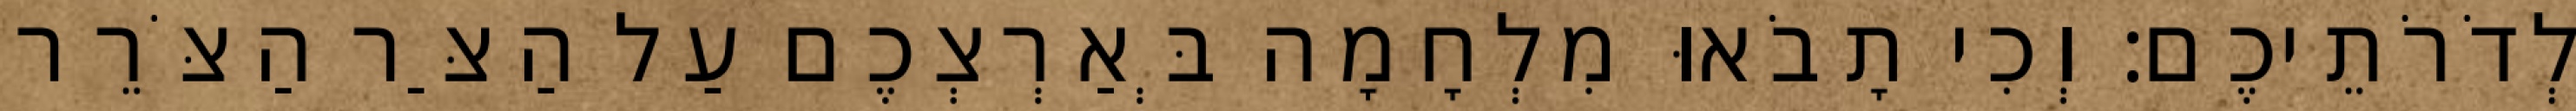
לְדֹרֹתֵיכֶם׃ וְכִי תָבֹאוּ מִלְחָמָה בְּאַרְצְכֶם עַל הַצַּר הַצֹּרֵר